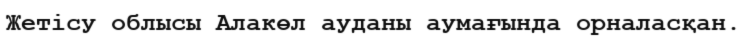
Жетісу облысы Алакөл ауданы аумағында орналасқан.